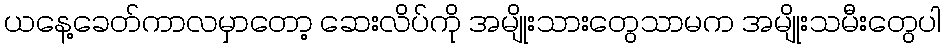
ယနေ့ခေတ်ကာလမှာတော့ ဆေးလိပ်ကို အမျိုးသားတွေသာမက အမျိုးသမီးတွေပါ